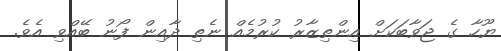
ޔޫހާ ގެ ޖަވާބަކަށް އިންތިޒާރު ކުރުމެއް ނެތި ދާއިން ފޯނު ބޭއްވި އެވެ.